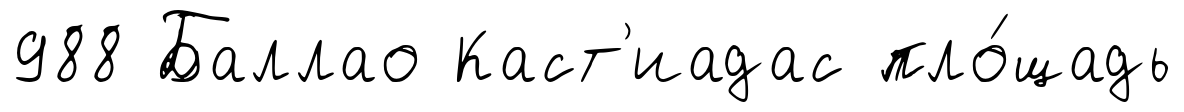
988 Баллао Каст'иадас пло́щадь